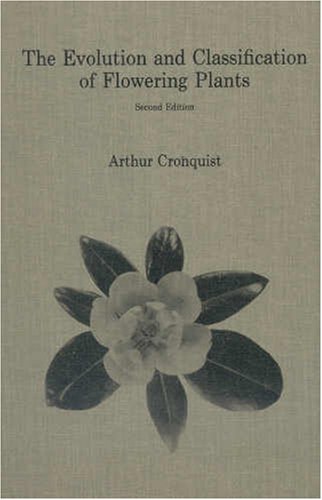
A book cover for The Evolution and Classification of Flowering Plants; Arthur Cronquist; Science & Math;